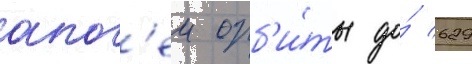
апог'еи орб'и́ты до́ 629